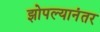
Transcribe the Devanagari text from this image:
झोपल्यानंतर